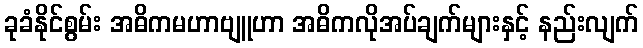
ခုခံနိုင်စွမ်း အဓိကမဟာဗျူဟာ အဓိကလိုအပ်ချက်များနှင့် နည်းလျက်